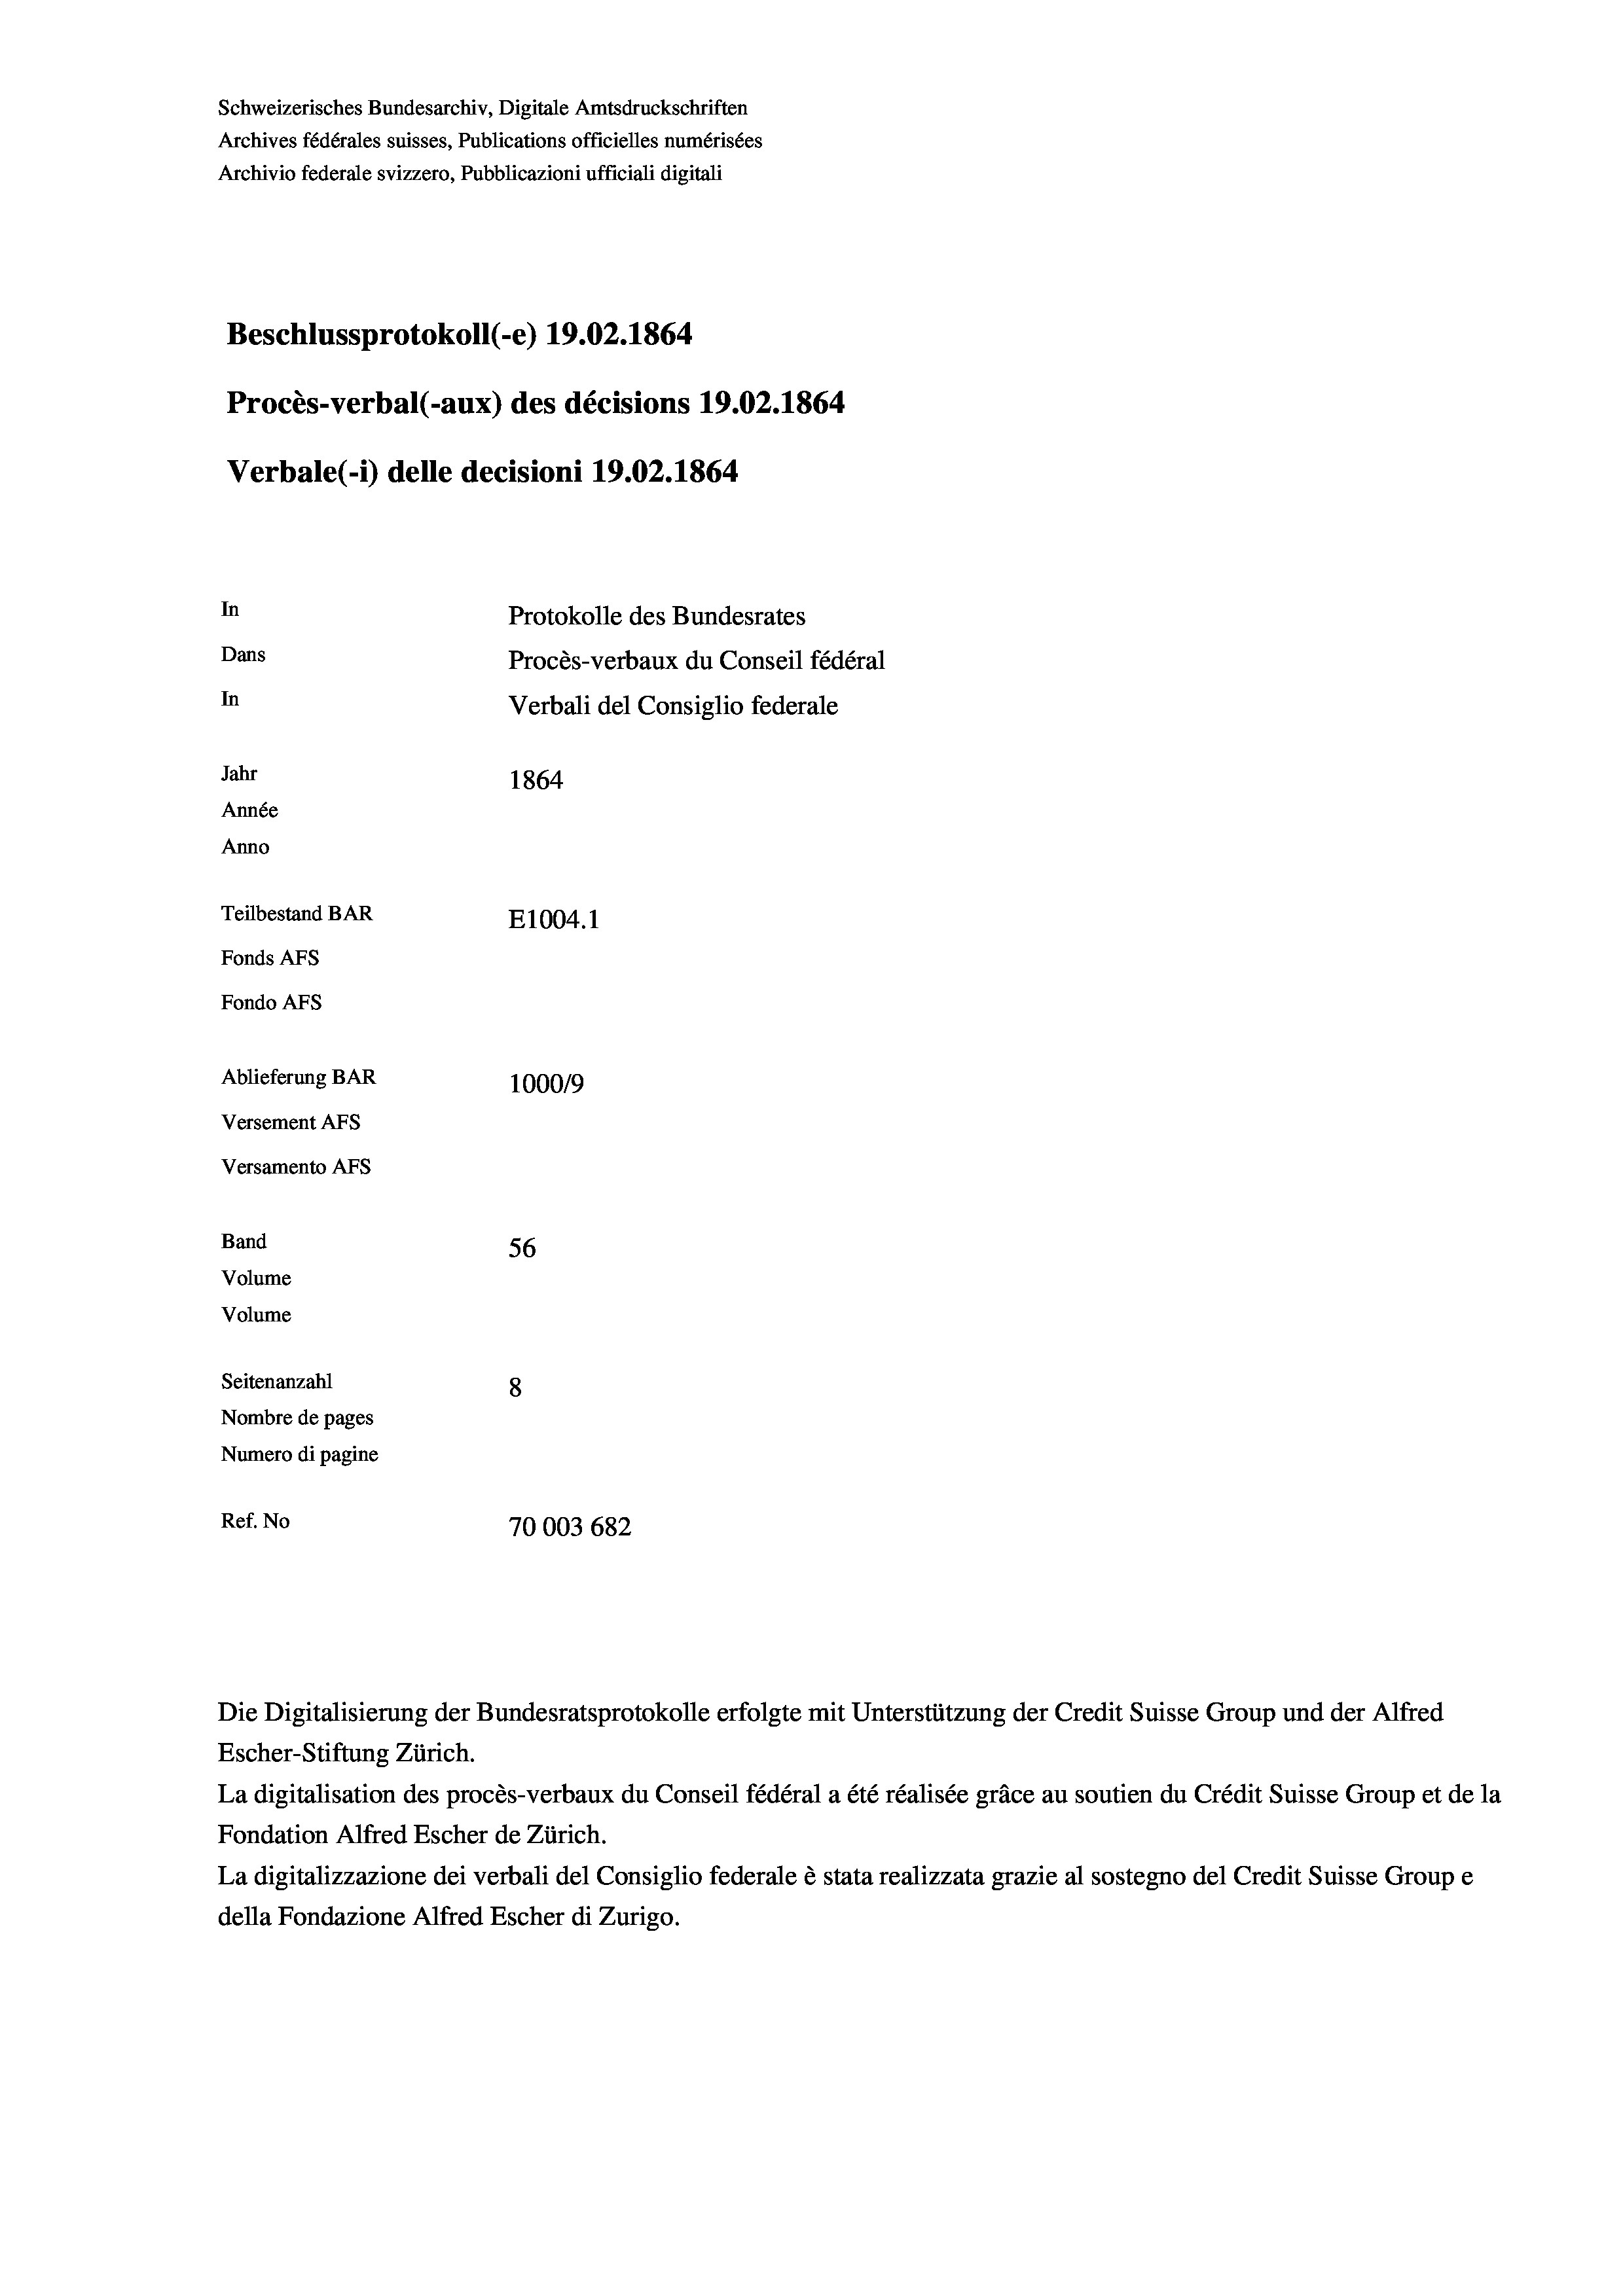
Schweizerisches Bundesarchiv, Digitale Amtsdruckschriften
Archives fédérales suisses, Publications officielles numérisées
Archivio federale svizzero, Pubblicazioni ufficiali digitali
Beschlussprotokoll (-e) 19.02. 1864
Procès-verbal (-aux) des décisions 19.02. 1864
Verbale (i) delle decisioni 19.02. 1864
In
Protokolle des Bundesrates
Dans
Procès-verbaux du Conseil fédéral
In
Verbali del Consiglio federale
Jahr
1864
Année
Anno
Teilbestand BAR
E1004. 1
Fonds AFs
Fondo AFs
Ablieferung BAR
100019
Versement AFS
Versamento Afs

56
8
Nombre de pages
Numero di pagine
Ref. No
70003 682

Band
Volume
Volume
Seitenanzahl

La digitalisation des procès-verbaux du Conseil fédéral a été réalisée gräce au soutien du Crédit Suisse Group et de la
Fondation Alfred Escher de Zürich.
La digitalizzazione dei verbali del Consiglio federale è stata realizzata grazie al sostegno del Credit Suisse Groupe
della Fondazione Alfred Escher di Zurigo.

Die Digitalisierung der Bundesratsprotokolle erfolgte mit Unterstützung der Credit Suisse Group und der Alfred
Escher-Stiftung Zürich.